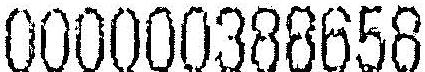
000000388658